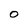
Character: O